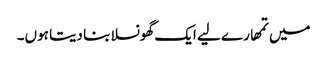
میں تمھارے لیے ایک گھونسلا بنا دیتا ہوں۔